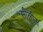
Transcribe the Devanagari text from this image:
सीलीस